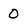
Character: 0